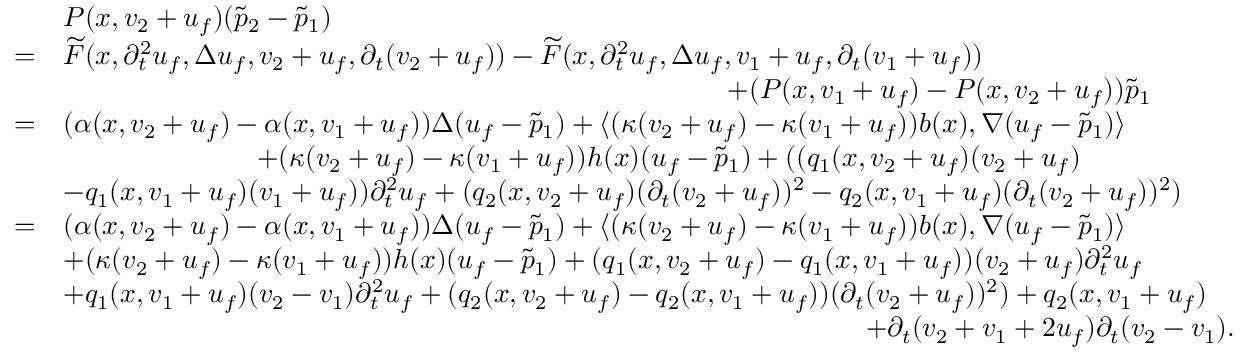
\begin{array} { r l } & { P ( x , v _ { 2 } + u _ { f } ) ( \tilde { p } _ { 2 } - \tilde { p } _ { 1 } ) } \\ { = } & { \widetilde { F } ( x , \partial _ { t } ^ { 2 } u _ { f } , \Delta u _ { f } , v _ { 2 } + u _ { f } , \partial _ { t } ( v _ { 2 } + u _ { f } ) ) - \widetilde { F } ( x , \partial _ { t } ^ { 2 } u _ { f } , \Delta u _ { f } , v _ { 1 } + u _ { f } , \partial _ { t } ( v _ { 1 } + u _ { f } ) ) } \\ & { \quad \quad \quad \quad \quad \quad \quad \quad \quad \quad \quad \quad \quad \quad \quad \quad \quad \quad \quad \quad \quad \quad \quad \quad + ( P ( x , v _ { 1 } + u _ { f } ) - P ( x , v _ { 2 } + u _ { f } ) ) \tilde { p } _ { 1 } } \\ { = } & { ( \alpha ( x , v _ { 2 } + u _ { f } ) - \alpha ( x , v _ { 1 } + u _ { f } ) ) \Delta ( u _ { f } - \tilde { p } _ { 1 } ) + \langle ( \kappa ( v _ { 2 } + u _ { f } ) - \kappa ( v _ { 1 } + u _ { f } ) ) b ( x ) , \nabla ( u _ { f } - \tilde { p } _ { 1 } ) \rangle } \\ & { \quad \quad \quad \quad \quad \quad \quad + ( \kappa ( v _ { 2 } + u _ { f } ) - \kappa ( v _ { 1 } + u _ { f } ) ) h ( x ) ( u _ { f } - \tilde { p } _ { 1 } ) + ( ( q _ { 1 } ( x , v _ { 2 } + u _ { f } ) ( v _ { 2 } + u _ { f } ) } \\ & { - q _ { 1 } ( x , v _ { 1 } + u _ { f } ) ( v _ { 1 } + u _ { f } ) ) \partial _ { t } ^ { 2 } u _ { f } + ( q _ { 2 } ( x , v _ { 2 } + u _ { f } ) ( \partial _ { t } ( v _ { 2 } + u _ { f } ) ) ^ { 2 } - q _ { 2 } ( x , v _ { 1 } + u _ { f } ) ( \partial _ { t } ( v _ { 2 } + u _ { f } ) ) ^ { 2 } ) } \\ { = } & { ( \alpha ( x , v _ { 2 } + u _ { f } ) - \alpha ( x , v _ { 1 } + u _ { f } ) ) \Delta ( u _ { f } - \tilde { p } _ { 1 } ) + \langle ( \kappa ( v _ { 2 } + u _ { f } ) - \kappa ( v _ { 1 } + u _ { f } ) ) b ( x ) , \nabla ( u _ { f } - \tilde { p } _ { 1 } ) \rangle } \\ & { + ( \kappa ( v _ { 2 } + u _ { f } ) - \kappa ( v _ { 1 } + u _ { f } ) ) h ( x ) ( u _ { f } - \tilde { p } _ { 1 } ) + ( q _ { 1 } ( x , v _ { 2 } + u _ { f } ) - q _ { 1 } ( x , v _ { 1 } + u _ { f } ) ) ( v _ { 2 } + u _ { f } ) \partial _ { t } ^ { 2 } u _ { f } } \\ & { + q _ { 1 } ( x , v _ { 1 } + u _ { f } ) ( v _ { 2 } - v _ { 1 } ) \partial _ { t } ^ { 2 } u _ { f } + ( q _ { 2 } ( x , v _ { 2 } + u _ { f } ) - q _ { 2 } ( x , v _ { 1 } + u _ { f } ) ) ( \partial _ { t } ( v _ { 2 } + u _ { f } ) ) ^ { 2 } ) + q _ { 2 } ( x , v _ { 1 } + u _ { f } ) } \\ & { \quad \quad \quad \quad \quad \quad \quad \quad \quad \quad \quad \quad \quad \quad \quad \quad \quad \quad \quad \quad \quad \quad \quad \quad \quad \quad \quad \quad \quad + \partial _ { t } ( v _ { 2 } + v _ { 1 } + 2 u _ { f } ) \partial _ { t } ( v _ { 2 } - v _ { 1 } ) . } \end{array}